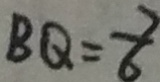
B Q = \frac { 7 } { 6 }